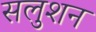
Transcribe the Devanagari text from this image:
सलुशन